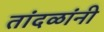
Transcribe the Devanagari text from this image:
तांदळांनी